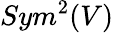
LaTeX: Sym^{2}(V)